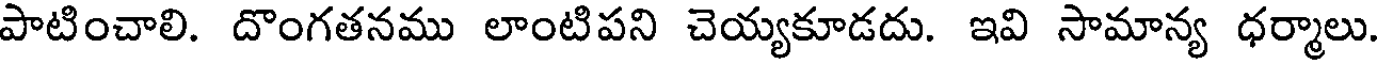
పాటించాలి. దొంగతనము లాంటిపని చెయ్యకూడదు. ఇవి సామాన్య ధర్మాలు.